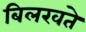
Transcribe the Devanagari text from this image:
बिलखते